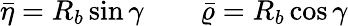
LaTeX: \bar{\eta}=R_{b}\sin\gamma\quad\quad\bar{\varrho}=R_{b}\cos\gamma